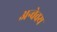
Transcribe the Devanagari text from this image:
अन्वेवय